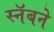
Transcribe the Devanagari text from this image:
स्नॅबने